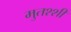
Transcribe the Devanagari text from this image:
मुतश्शी